Annual report of the Bengal Veterinary College and of the Civil Veterinary Department, Bengal, for the year 1907-1908 - 1907-1908
Year: 1907
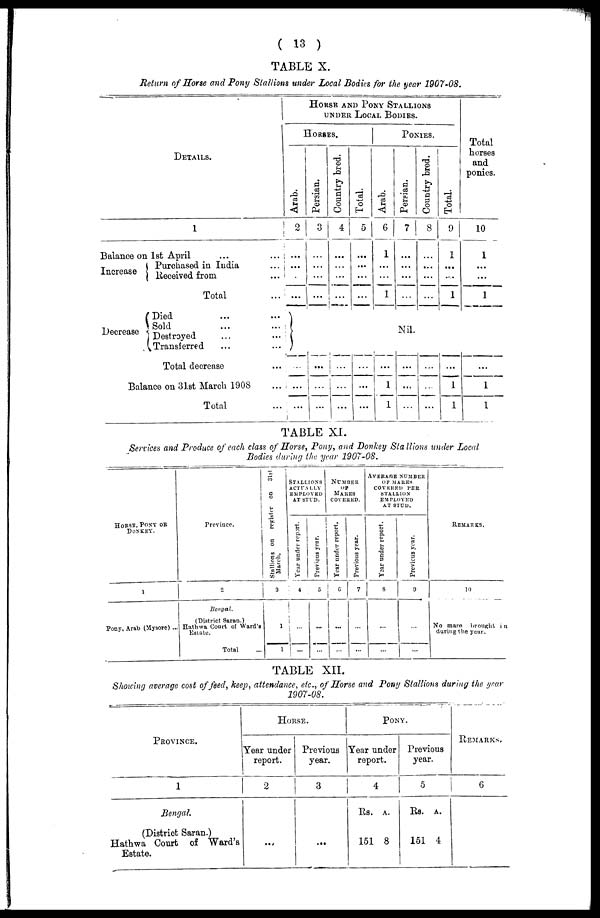
( 13 )
TABLE X.
Return of Horse and Pony Stallions under Local Bodies for the year 1907-08.
DETAILS.
1
Balance on 1st April ... ...
Purchased in India ...
Increase Received from ...
Total ...
Died ... ...
Sold ... ...
Decrease Destroyed ... ...
Transferred ... ...
Total decrease ...
Balance on 31st March 1908 ...
Total ...
HORSE AND PONY STALLIONS
UNDER LOCAL BODIES
HORSES.
Arab.
2
...
...
...
...
...
...
...
Persian.
3
...
...
...
...
...
...
...
Country bred.
4
...
...
...
...
...
...
...
Total.
5
...
...
...
...
...
...
...
PONIES.
Arab.
6
1
...
...
1
...
1
1
Persian.
7
...
...
...
...
Nil.
...
...
...
Country bred.
8
...
...
...
...
...
...
...
Total.
9
1
...
...
1
...
1
1
Total
horses
and
ponies.
10
1
...
...
1
...
1
1
TABLE XI.
Services and Produce of each class of Horse, Pony, and Donkey Stallions under Local
Bodies during the year 1907-08.
HORSE, PONY OR
DONKEY
1
Pony, Arab (Mysore) ...
Prevince.
2
Bengal.
(District Saran.)
Hathwa Court of Ward's
Estate.
Total
Stallions on register on
31st
March.
3
1
1
STALLIONS
ACTUALLY
EMPLOYED
AT STUD.
Year under report.
4
...
...
Previous year.
5
...
...
NUMBER
OF
MARES
COVERED.
Year under report.
6
...
...
Previous year.
7
...
...
AVERAGE NUMBER
OF MARES
COVERED
PER
STALLION
EMPLOYED
AT STUD.
Year under report.
8
...
...
Previous year.
9
...
...
REMARKS.
10
No mare brought in
during the year.
TABLE XII.
Showing average cost of feed, keep, attendance, etc., of Horse and Pony Stallions during the year
1907-08.
PROVINCE.
1
Bengal.
(District Saran.)
Hathwa Court of Ward's
Estate.
HORSE.
Year under
report.
2
...
Previous
year.
3
...
PONY.
Year under
report.
4
Rs. A.
151 8
Previous
year.
5
Rs. A.
151 4
REMARKS.
6